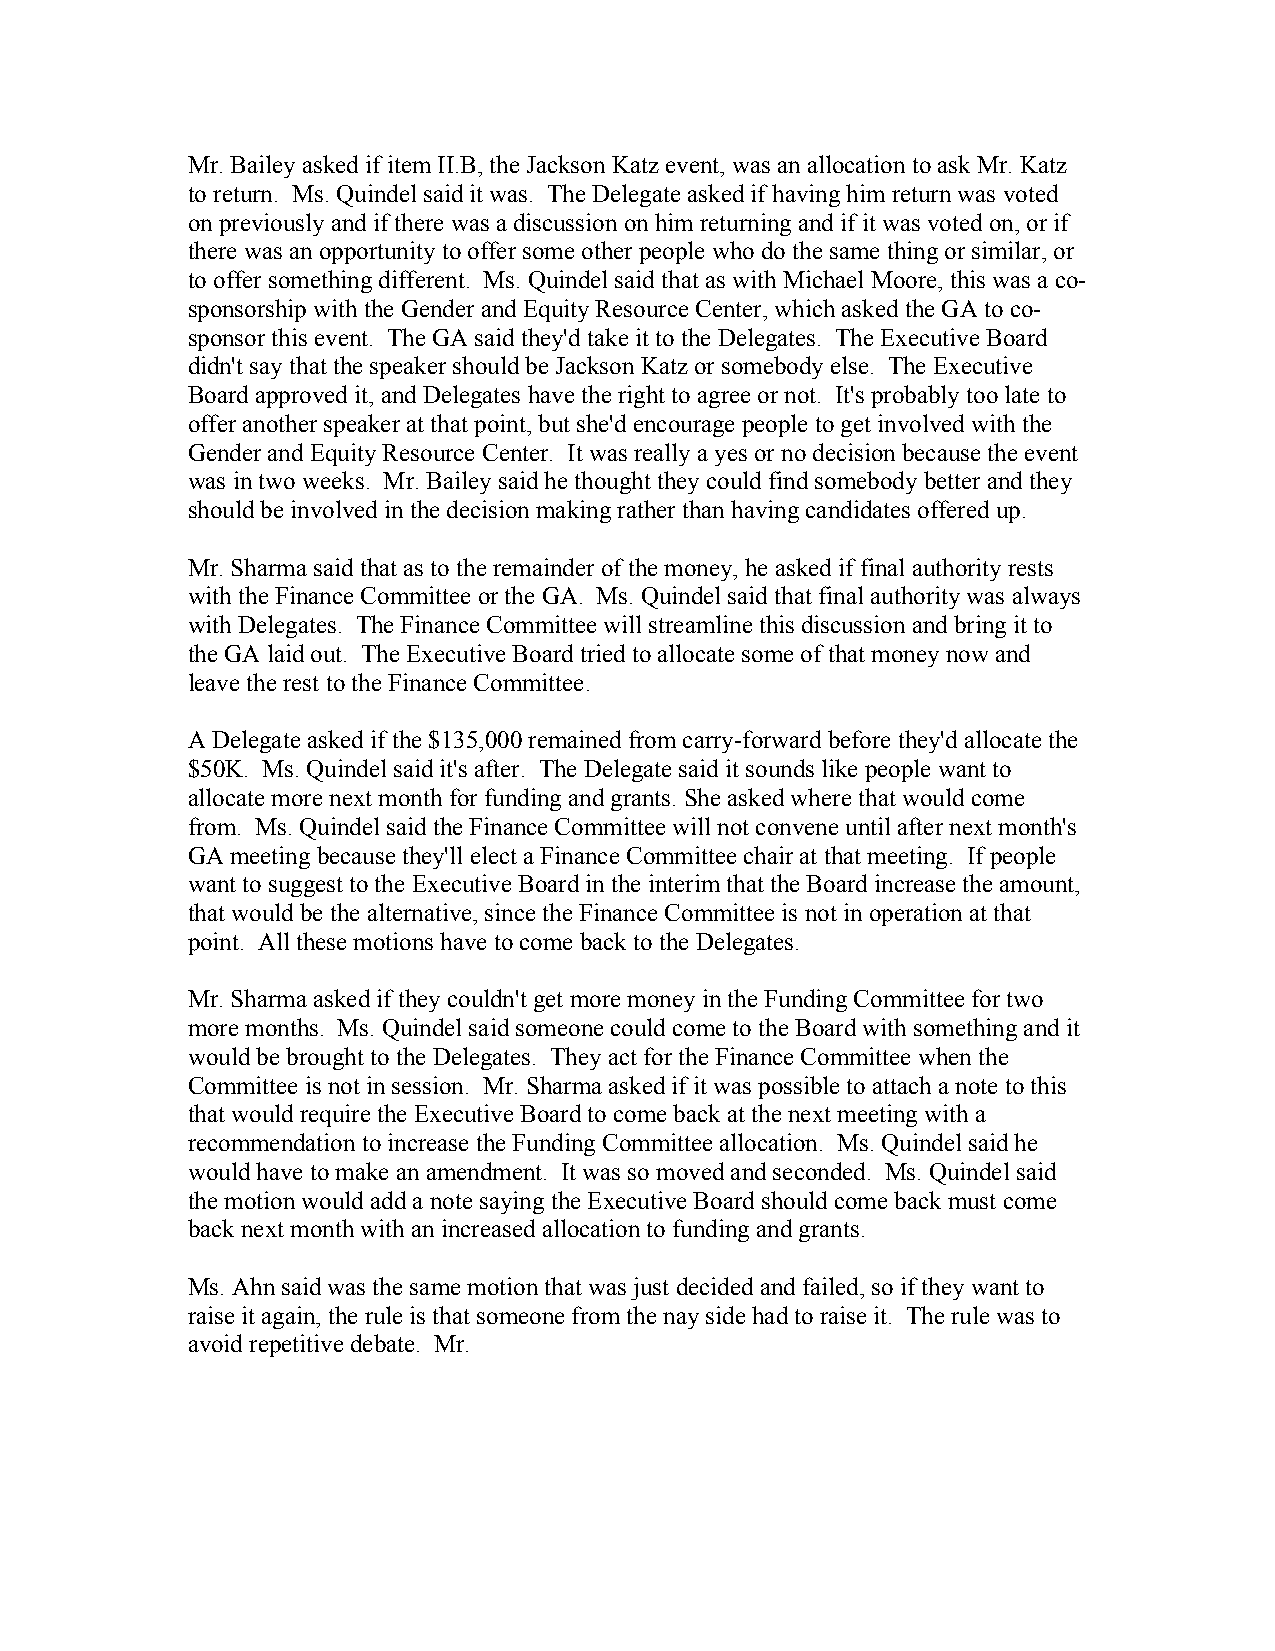
Mr. Bailey asked if item II.B, the Jackson Katz event, was an allocation to ask Mr. Katz
 to return. Ms. Quindel said it was. The Delegate asked if having him return was voted
 on previously and if there was a discussion on him returning and if it was voted on, or if
 there was an opportunity to offer some other people who do the same thing or similar, or
 to offer something different. Ms. Quindel said that as with Michael Moore, this was a co-
 sponsorship with the Gender and Equity Resource Center, which asked the GA to co-
 sponsor this event. The GA said they'd take it to the Delegates. The Executive Board
 didn't say that the speaker should be Jackson Katz or somebody else. The Executive
 Board approved it, and Delegates have the right to agree or not. It's probably too late to
 offer another speaker at that point, but she'd encourage people to get involved with the
 Gender and Equity Resource Center. It was really a yes or no decision because the event
 was in two weeks. Mr. Bailey said he thought they could find somebody better and they
 should be involved in the decision making rather than having candidates offered up.
 Mr. Sharma said that as to the remainder of the money, he asked if final authority rests
 with the Finance Committee or the GA. Ms. Quindel said that final authority was always
 with Delegates. The Finance Committee will streamline this discussion and bring it to
 the GA laid out. The Executive Board tried to allocate some of that money now and
 leave the rest to the Finance Committee.
 A Delegate asked if the $135,000 remained from carry-forward before they'd allocate the
 $50K. Ms. Quindel said it's after. The Delegate said it sounds like people want to
 allocate more next month for funding and grants. She asked where that would come
 from. Ms. Quindel said the Finance Committee will not convene until after next month's
 GA meeting because they'll elect a Finance Committee chair at that meeting. If people
 want to suggest to the Executive Board in the interim that the Board increase the amount,
 that would be the alternative, since the Finance Committee is not in operation at that
 point. All these motions have to come back to the Delegates.
 Mr. Sharma asked if they couldn't get more money in the Funding Committee for two
 more months. Ms. Quindel said someone could come to the Board with something and it
 would be brought to the Delegates. They act for the Finance Committee when the
 Committee is not in session. Mr. Sharma asked if it was possible to attach a note to this
 that would require the Executive Board to come back at the next meeting with a
 recommendation to increase the Funding Committee allocation. Ms. Quindel said he
 would have to make an amendment. It was so moved and seconded. Ms. Quindel said
 the motion would add a note saying the Executive Board should come back must come
 back next month with an increased allocation to funding and grants.
 Ms. Ahn said was the same motion that was just decided and failed, so if they want to
 raise it again, the rule is that someone from the nay side had to raise it. The rule was to
 avoid repetitive debate. Mr.